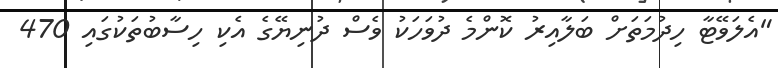
"އެލަވޭޓާ ހިދުމަތަށް ބަލާއިރު ކޮންމެ ދުވަހަކު ވެސް ދުނިޔޭގެ އެކި ހިސާބުތަކުގައި 470